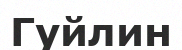
Гуйлин